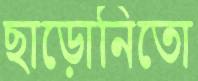
ছাড়োনিতো